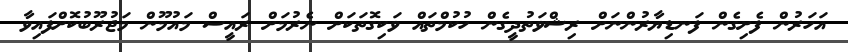
އަހަރުން ފެށިގެން ފަނޑިޔާރުންނަށް ރިޝްވަތުދީގެން ހުކުމްތައް ވަކިގޮތަކަށް ނެރުމަށް ރައީސް މައުމޫން މަޖުރޫބުކޮށްފައިވާ